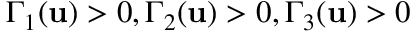
\Gamma _ { 1 } ( \mathbf { u } ) > 0 , \Gamma _ { 2 } ( \mathbf { u } ) > 0 , \Gamma _ { 3 } ( \mathbf { u } ) > 0